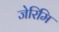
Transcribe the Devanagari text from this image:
जेरिमि